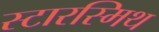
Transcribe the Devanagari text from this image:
स्टारस्मिथ